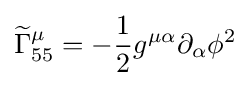
{\widetilde {\Gamma }}_{55}^{\mu }=-{\frac {1}{2}}g^{\mu \alpha }\partial _{\alpha }\phi ^{2}